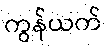
ကွန်ယက်